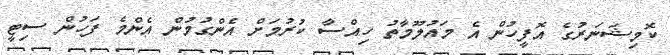
ކޮމިޝަނަރުގެ އޮފީހުން އެ މައުލޫމާތު ހިއްސާ ކުރުމަށް އެންގުމުން އެންމެ ފަހުން ސިޓީ